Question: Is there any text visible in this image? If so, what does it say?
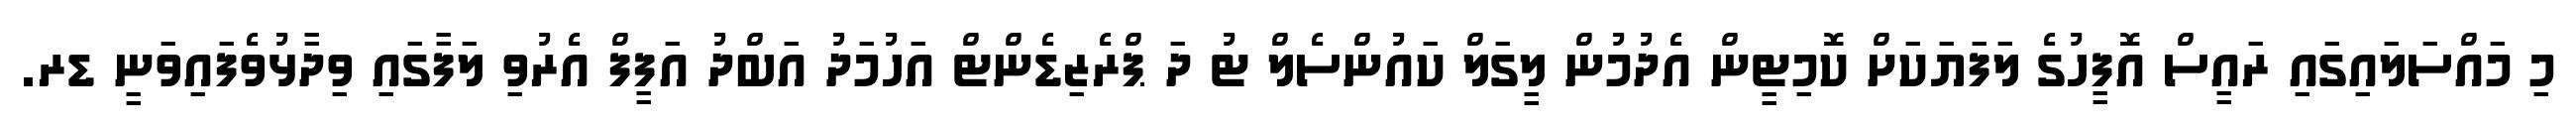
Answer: މި މައްސަލައިގައި ރައީސް އޮފީހުގެ ލަފަޔަކަށް ކޮމިޓީން އެދުމުން ލީގަލް ކައުންސެލް ޓު ދަ ޕްރެޒިޑެންޓް އަހުމަދު އަބްދު އަފީފް އެރުވި ލަފާގައި ވިދާޅުވެފައިވަނީ ޑރ.